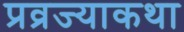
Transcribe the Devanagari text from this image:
प्रव्रज्याकथा